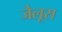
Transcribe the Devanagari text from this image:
जैलूस